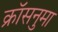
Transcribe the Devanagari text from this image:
क्रॉसनुमा